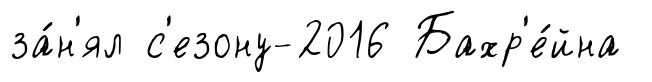
за́н'ял с'езону-2016 Бахр'е́йна